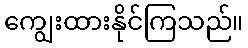
ကျွေးထားနိုင်ကြသည်။